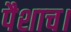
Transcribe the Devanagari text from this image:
पैशाच।